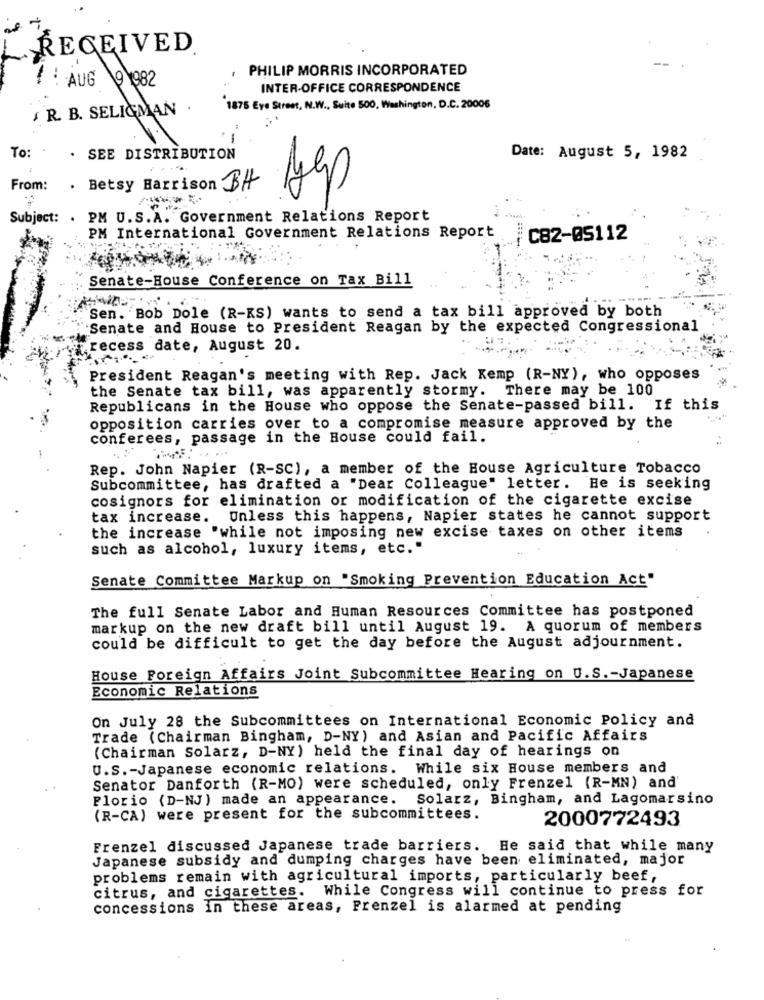
RECEIVED
PHILIP MORRIS INCORPORATED
AUG 91982
INTER-OFFICE CORRESPONDENCE
$ R. B. SELIGMAN .
1875 Eye Street, N.W ., Suite 500, Washington, D.C. 20006
-
To:
. SEE DISTRIBUTION
Date: August 5, 1982
From:
. Betsy Harrison BH
Jep
Subject: . PM U.S.A. Government Relations Report
PM International Government Relations Report
C82-05112
Senate-House Conference on Tax Bill
Sen. Bob Dole (R-KS) wants to send a tax bill approved by both
Senate and House to President Reagan by the expected Congressional
recess date, August 20.
President Reagan's meeting with Rep. Jack Kemp (R-NY), who opposes
the Senate tax bill, was apparently stormy. There may be 100
Republicans in the House who oppose the Senate-passed bill. If this
opposition carries over to a compromise measure approved by the
conferees, passage in the House could fail.
Rep. John Napier (R-SC), a member of the House Agriculture Tobacco
Subcommittee, has drafted a "Dear Colleague" letter. He is seeking
cosignors for elimination or modification of the cigarette excise
tax increase. Unless this happens, Napier states he cannot support
the increase "while not imposing new excise taxes on other items
such as alcohol, luxury items, etc."
Senate Committee Markup on "Smoking Prevention Education Act"
The full Senate Labor and Human Resources Committee has postponed
markup on the new draft bill until August 19. A quorum of members
could be difficult to get the day before the August adjournment.
House Foreign Affairs Joint Subcommittee Hearing on U.S .- Japanese
Economic Relations
On July 28 the Subcommittees on International Economic Policy and
Trade (Chairman Bingham, D-NY) and Asian and Pacific Affairs
(Chairman Solarz, D-NY) held the final day of hearings on
U.S .- Japanese economic relations. While six House members and
Senator Danforth (R-MO) were scheduled, only Frenzel (R-MN) and
Florio (D-NJ) made an appearance. Solarz, Bingham, and Lagomarsino
(R-CA) were present for the subcommittees.
2000772493
Frenzel discussed Japanese trade barriers. He said that while many
Japanese subsidy and dumping charges have been eliminated, major
problems remain with agricultural imports, particularly beef,
citrus, and cigarettes. While Congress will continue to press for
concessions in these areas, Frenzel is alarmed at pending